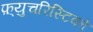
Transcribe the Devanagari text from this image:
फ़्युचरिस्टिको